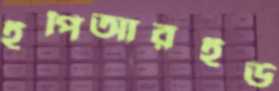
ইপিআরইউ